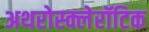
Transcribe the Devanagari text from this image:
अथरोस्क्लेरॉटिक